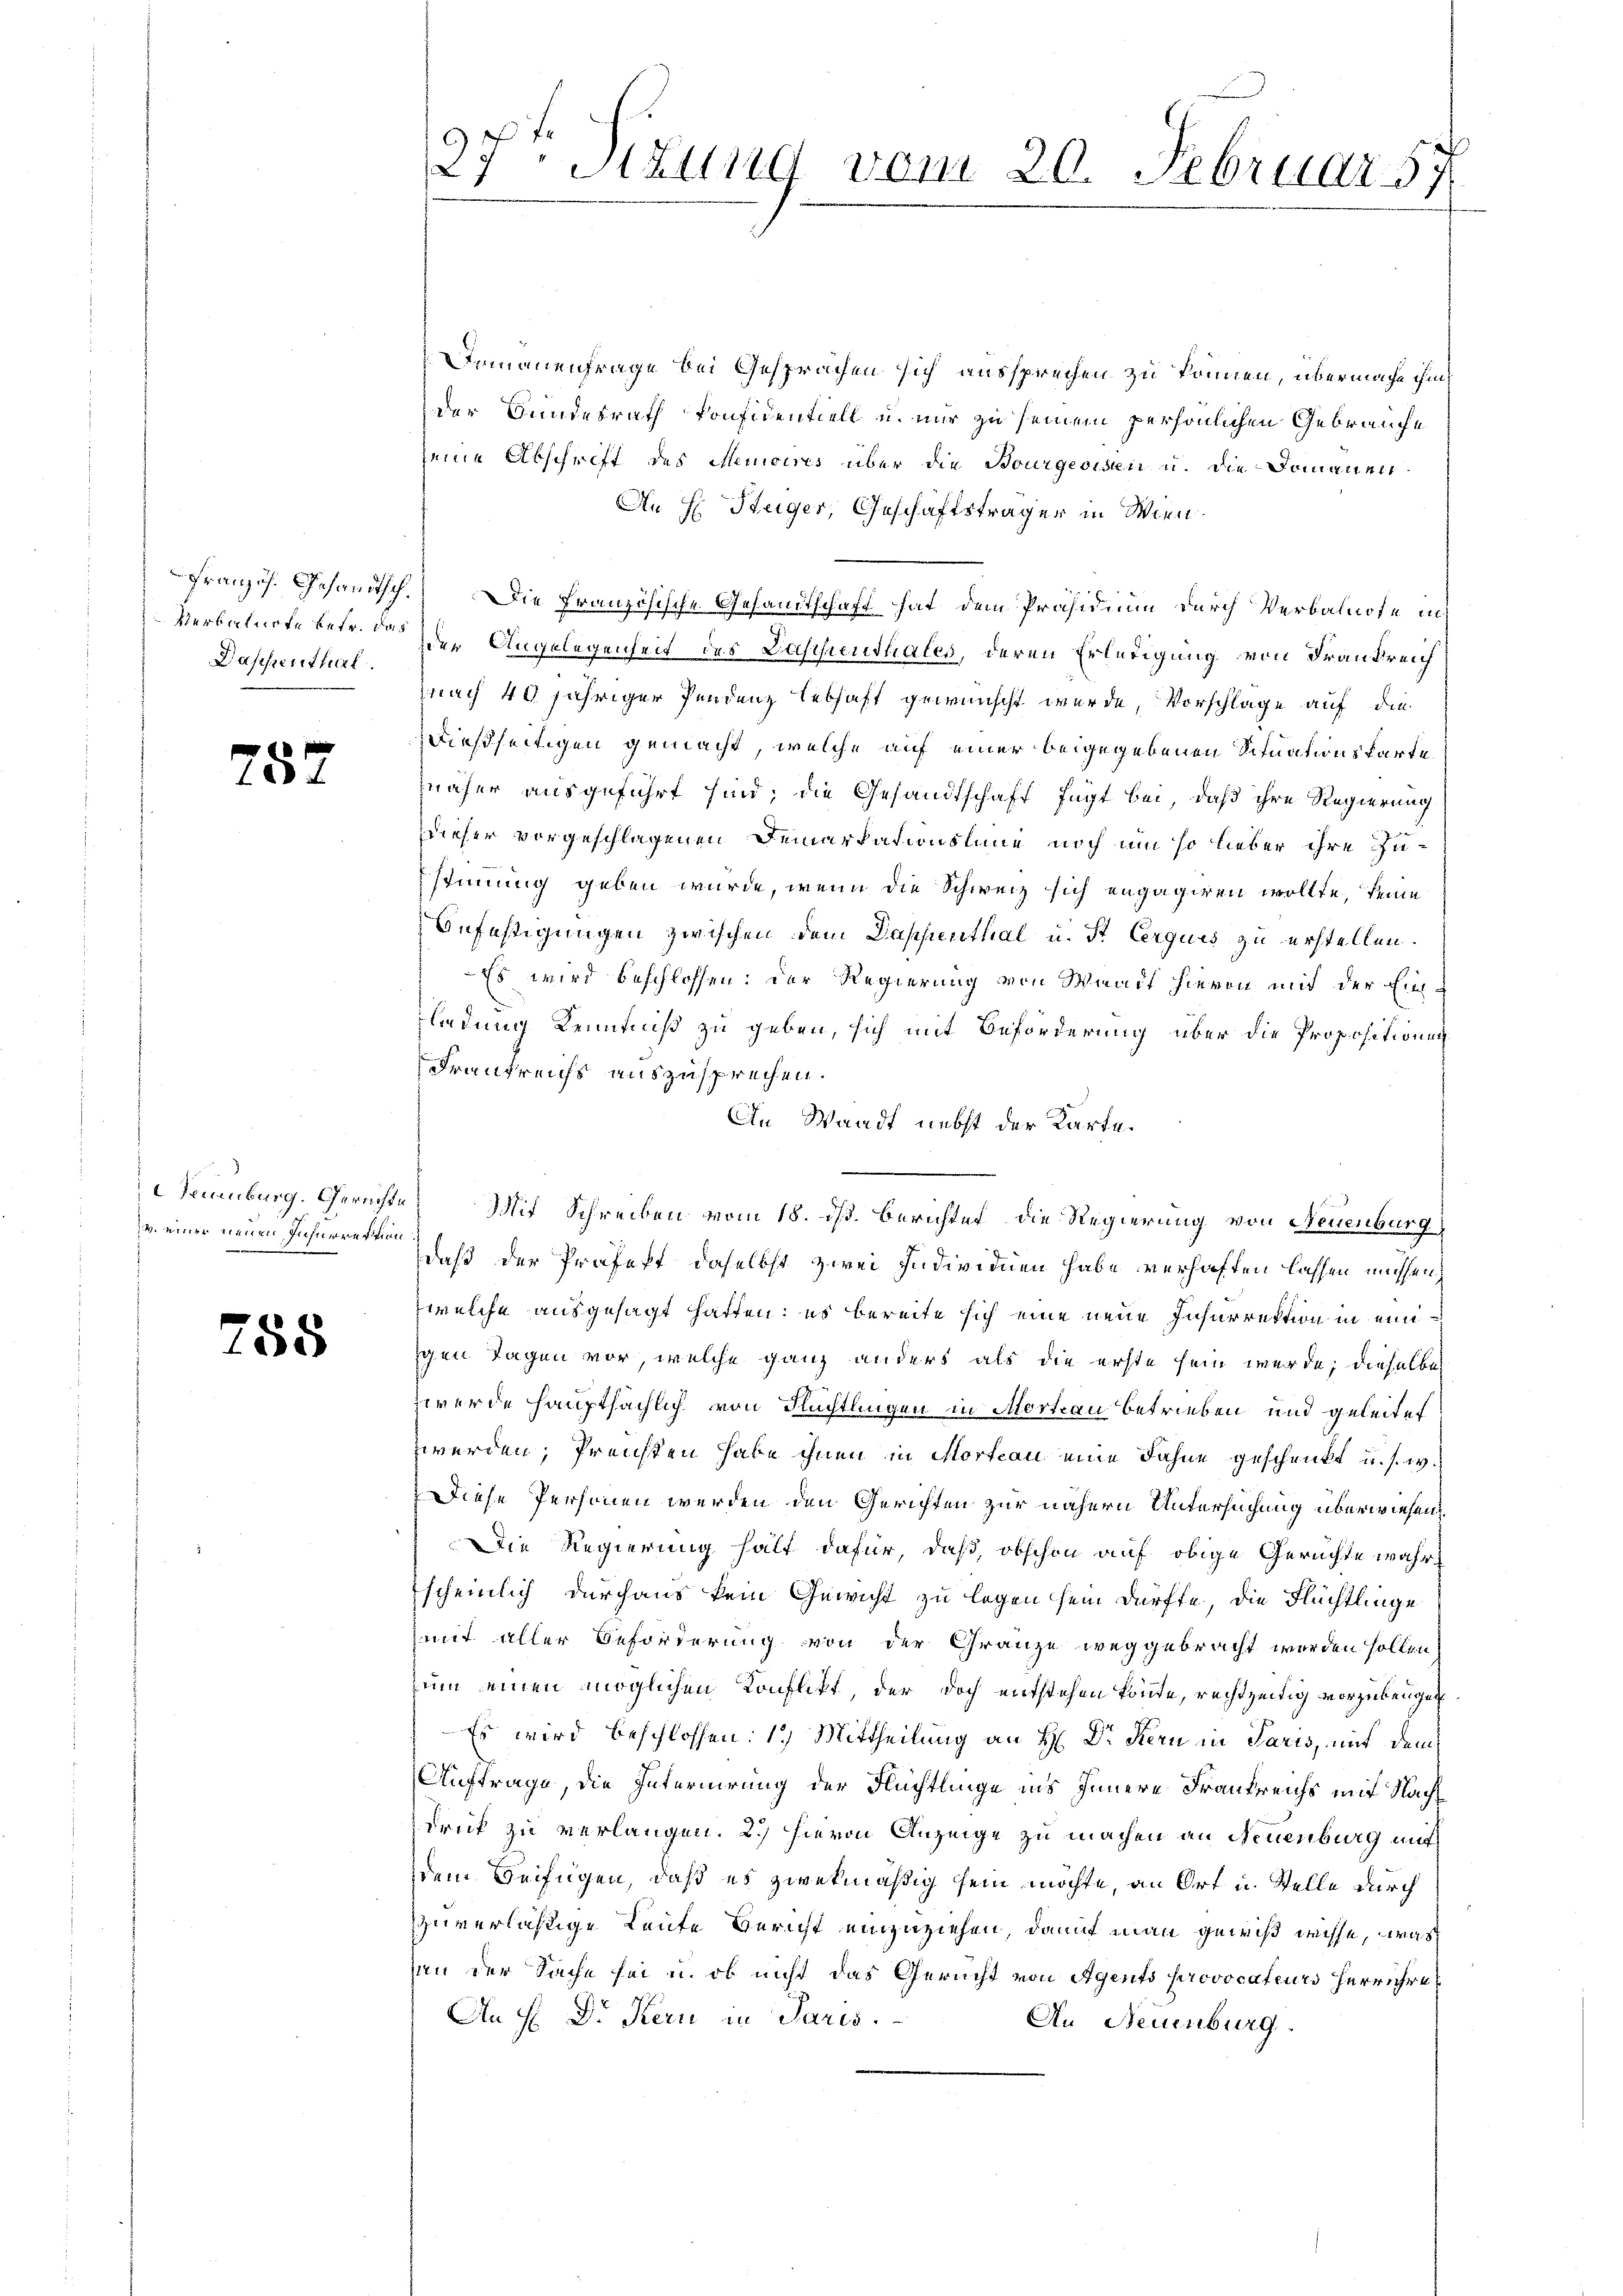
Daschenthal.

787

v. einer neuen Inhurrektion

755

Demannenfrage bei Gesprächen sich aussprechen zu können, übermache ihm
der Bundesrath konfidentiell u. nur zu seinem persönlichen Gebräuche
seine Abschrift des Memoires über die Bourgeoisen u. die Domänen¬
An H: Steiger, Geschäftsträger in Wien.
Französ. Gesandtsch. Die französische Gesandtschaft hat dem Präsidium durch Verbalnote in
Verbalnote betr. den der Angelegenheit des Dassenthales, deren Erledigung von Frankreich
nach 40 jähriger Pendenz lebhaft gewünscht wurde, Vorschlage auf die
dießseitigen gemacht, welche auf einer beigegebenen Situationskarte
näher ausgeführt sind; die Gesandtschaft fügt bei, daß ihre Regierung
dieser vorgeschlagenen Demarkationslane noch um so lieber ihre Zustimmung geben würde, wenn die Schweiz sich engagiren wollte, keine
Befestigungen zwischen dem Dappenthal u. St. Cerquis zu erstellen.
Es wird beschlossen: der Regierung von Windt hievon mit der Einladung Kenntniß zu geben, sich mit Beförderung über die Propositionen
Fraukreichs auszusprechen.
An Waadt nebst der Karte.
Neuenburg. Gerechte Mit Schreiben vom 18. dß. Berichtet die Regierung von Neuenburg
daß der Profest daselbst zwei Individuen habe verhaften lassen müssen,
welche ausgesagt hatten; es bereite sich eine neue Inharrektion in einiigen Tagen vor, welche ganz anders als die erste sein werde; dieselbe
werde hauptsächlich von Flüchtlingen in Mortrau betrieben und geleitet
werden; Preisten habe ihnen in Morteau eine Fahne geschenkt u. s. w.
Diese Personen werden den Gerichten zur nähern Untersuchung überwiesen
Die Regierung hält dafür, daß, obschon auf obige Gerichte wahr
scheinlich durchaus kein Gewicht zu legen sein dürfte, die Flüchtlinge
mit aller Beförderung von der Gränze weggebracht werden sollen
nun einen möglichen Konflikt, der doch entstehen könnte, rechtzeitig vorzubeugen
Es wird beschlossen: 1.) Mittheilung an H: Dr Kern in Paris, mit dem
Auftrage, die Internirung der Flüchtlinge ins Innere Frankreichs mit Nachdruck zu verlangen. 2.) Hievon Anzeige zu machen an Neuenburg mit
dem Beifügen, daß es zwekmäßig sein möchte, an Ort u. Stelle durch
zuverlässige Leute Bericht einzuziehen, damit man gewiß weisse, was
an der Sache sei u. ob nicht das Gericht von Agents provocateurs herrühre
An H: Dr. Kern in Paris.
An Neuenburg.

27 Sitzung vom 20. Februar 57